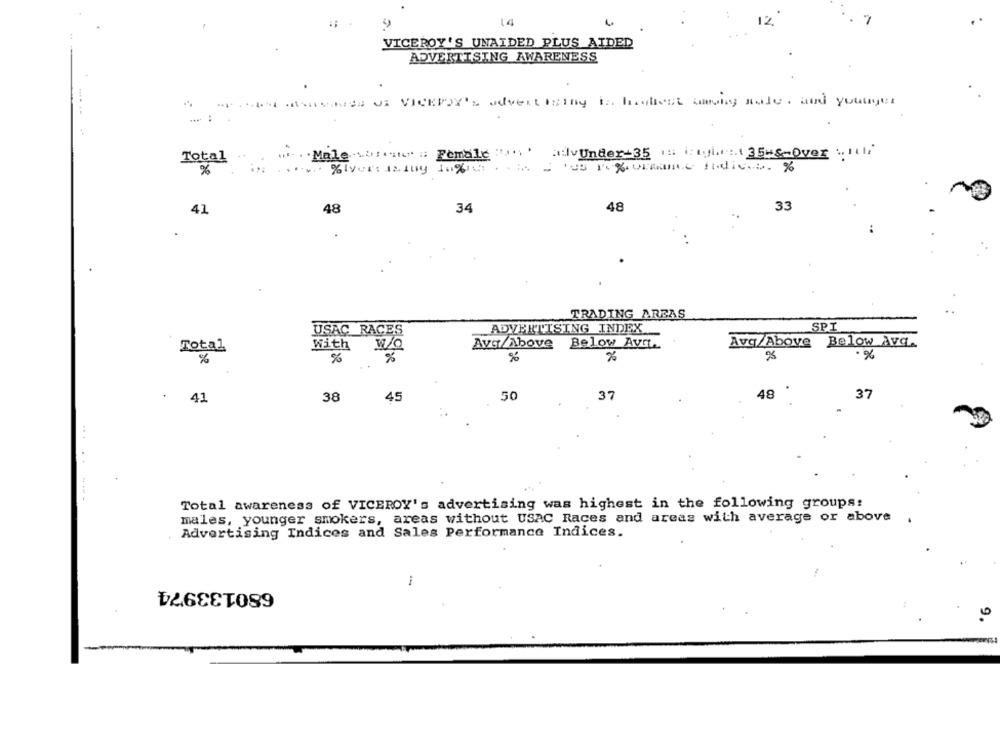
14
12.
VICEROY'S UNAIDED PLUS AIDED
ADVERTISING AWARENESS
THE SHARES OF VICKPZY'a advertising is highest saying sale. and younger
......
Male.s .:. iter :: Female :" ...
advUnder-35 : : gh: 35-&Over will
Total
%
41
48
34
48
33
TRADING AREAS
USAC RACES
ADVERTISING INDEX
SPI
With
Avg/Above Below Avq.
Avq/Above Below Avq.
Total
%
%
%
%
%
38
45
50
37
48
37
41
... ..
Total awareness of VICEROY's advertising was highest in the following groups:
males, younger smokers, areas without USAC Races and areas with average or above .
Advertising Indices and Sales Performance Indices.
680133974